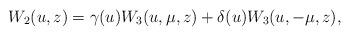
LaTeX: \begin{align*}W_2(u,z)=\gamma(u)W_3(u,\mu,z)+\delta(u)W_3(u,-\mu,z) ,\end{align*}